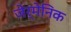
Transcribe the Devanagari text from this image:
जेर्मेनिक